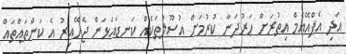
އަދި އެފްއޭއެމް އިތުރަށް ހަރުދަނާ ކުރުމަށް އުސޫލުތަކެއް ކަނޑައަޅަން ޖެހޭއިރު އެ ކަންތައްތައް